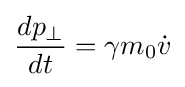
{\frac {dp_{\perp }}{dt}}=\gamma m_{0}{\dot {v}}